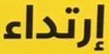
إرتداء